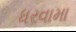
ધરવામા